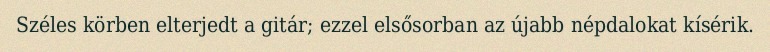
Széles körben elterjedt a gitár; ezzel elsősorban az újabb népdalokat kísérik.